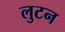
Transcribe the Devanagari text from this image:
लुटन